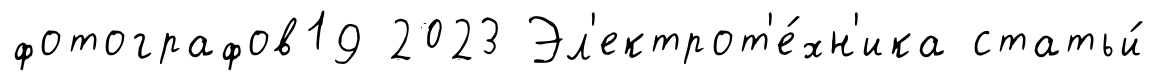
фотографов19 2023 Эл'ектрот'е́хн'ика статьи́